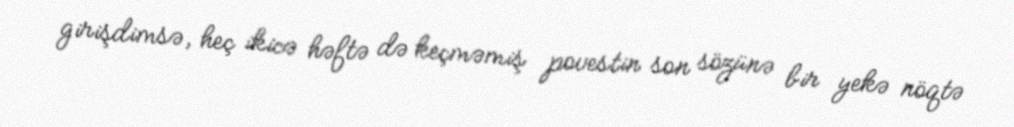
girişdimsə, heç ikicə həftə də keçməmiş povestin son sözünə bir yekə nöqtə